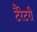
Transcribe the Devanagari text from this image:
टैरेटरी